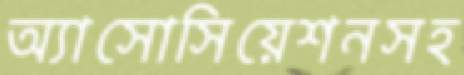
অ্যাসোসিয়েশনসহ